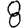
Digit: 8